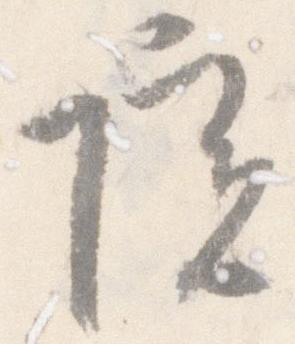
院